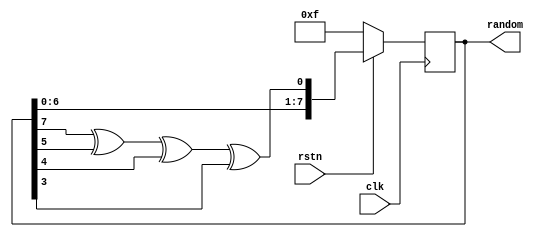
module random(
    input clk,
    input rstn,
    output reg [7:0] random
);

wire feedback;
reg [3:0] count, count_next;

assign feedback = random[7] ^ random[5] ^ random[4] ^ random[3]; 

always @ (posedge clk) begin
    if (~rstn) begin
        random <= 7'hF;
    end else begin
        random <= {random[6:0], feedback};
    end
end

endmodule